system: You are a helpful assistant.
user:
Analyze the provided spectrum to determine if it is a **"Cataclysmic Variables (CV)"**.

- **Key Indicators for CV (Check for either state):**
    - **State 1: Quiescent / Low-State (Emission-Dominated)**
        - **(Primary):** Strong and *very broad* Hydrogen Balmer emission lines (e.g., $H\alpha$ at 6563 Å, $H\beta$ at 4861 Å). The 'broadness' (high velocity dispersion, often FWHM > 1000 km/s) is the key diagnostic, indicating a high-velocity accretion disk.
        - **(Secondary):** Broad neutral Helium (He I) emission lines (e.g., 5876 Å, 6678 Å).
        - **(Key Confirmation):** Presence of high-excitation *ionized* Helium (He II) emission at 4686 Å. This is a strong indicator of accretion onto a white dwarf.
        - **(Line Profile):** Emission lines may exhibit a 'double-peaked' profile, which is a classic signature of a rotating accretion disk viewed at high inclination.

    - **State 2: Outburst / High-State (Absorption-Dominated)**
        - **(Primary):** Spectrum is dominated by a bright, blue continuum (looks like a hot star).
        - **(Secondary):** The emission lines from State 1 are weak, absent, or 'filled in', and are replaced by broad, shallow *absorption* lines (primarily Balmer and He I).
        - **(Morphology):** The overall spectrum mimics a hot B/A-type star. The crucial difference is that the absorption lines are significantly broader, shallower, and more 'washed-out' (or 'smeared') than the sharp lines of a normal stellar photosphere, due to high rotational speeds and pressure broadening in the disk.

Think first, call **spectral_visualization_tool** if needed to examine features in detail, then provide your final answer. Your response must adhere to the following strict rules:
1.  **Overall Structure:** Your response must follow the format `<think>...</think> <tool_call>...</tool_call> (if a tool is used) <answer>...</answer>`.
2.  **Tool Usage Constraint:** You may only make **one** tool call per turn.
3.  **Final Answer Format:** In the `<answer>` tag, your conclusion must be inside a `\boxed{}` command (e.g., `\boxed{YES}`), followed by your justification.

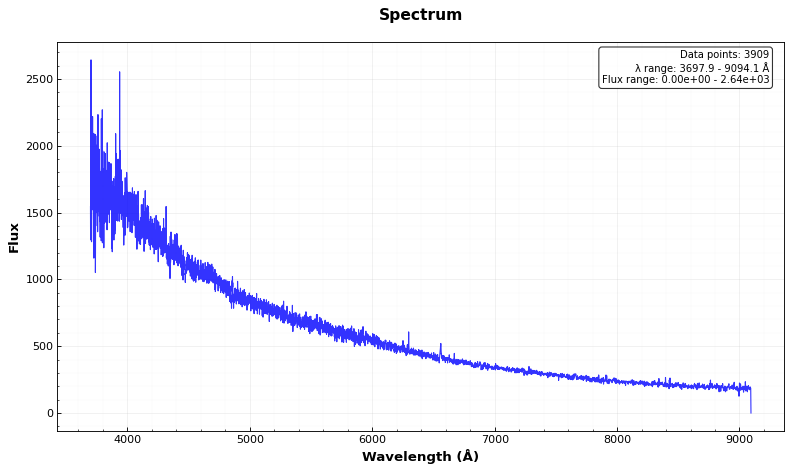
Answer: YES